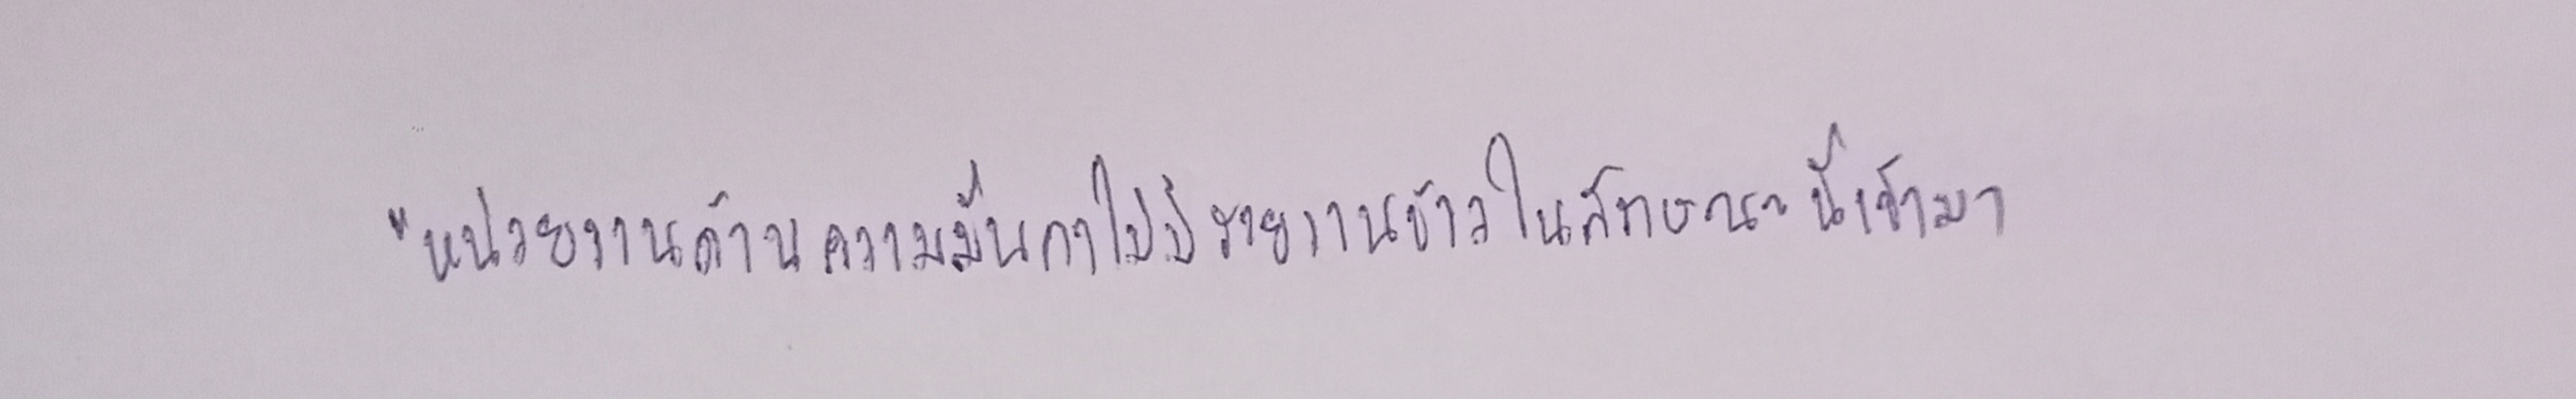
"หน่วยงานด้านความมั่นคงไม่มีรายงานข่าวในลักษณะนี้เข้ามา